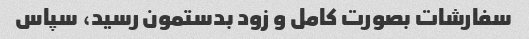
سفارشات بصورت کامل و زود بدستمون رسید، سپاس